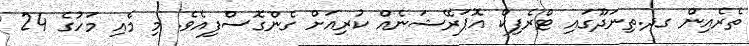
ތެރެއިން ގދ.ތިނަދޫގައި ޓްރެފިކް އޮޕަރޭޝަނެއް ކުރިއަށް ގެންގޮސްފިއެވެ. މި މެއި މަހުގެ 24